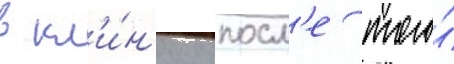
в кл'и́н'ику посл'е того́